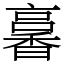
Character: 㐯